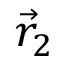
{ \vec { r } } _ { 2 }